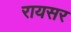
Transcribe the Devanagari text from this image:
रायसर